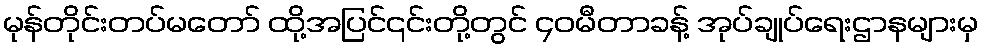
မုန်တိုင်းတပ်မတော် ထို့အပြင်၎င်းတို့တွင် ၄၀မီတာခန့် အုပ်ချုပ်ရေးဌာနများမှ